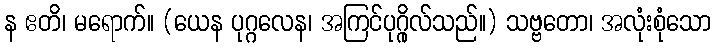
န ဧတိ၊ မရောက်။ (ယေန ပုဂ္ဂလေန၊ အကြင်ပုဂ္ဂိုလ်သည်။) သဗ္ဗတော၊ အလုံးစုံသော